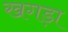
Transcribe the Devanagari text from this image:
खगड़ा